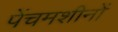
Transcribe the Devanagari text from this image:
पेंचमशीनों